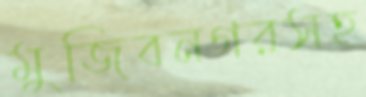
মুজিবনগরসহ